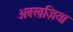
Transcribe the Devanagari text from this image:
अबख़ज़िया